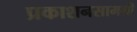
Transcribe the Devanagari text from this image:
प्रकाशनसामग्री